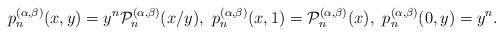
LaTeX: \begin{align*}p_n^{(\alpha,\beta)}(x,y)=y^n \mathcal{P}_n^{(\alpha,\beta)}(x/y),\,\,p_n^{(\alpha,\beta)}(x,1)=\mathcal{P}_n^{(\alpha,\beta)}(x), \,\,p_n^{(\alpha,\beta)}(0,y)=y^n.\end{align*}